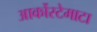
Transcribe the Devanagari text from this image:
आर्कोस्टेमाटा